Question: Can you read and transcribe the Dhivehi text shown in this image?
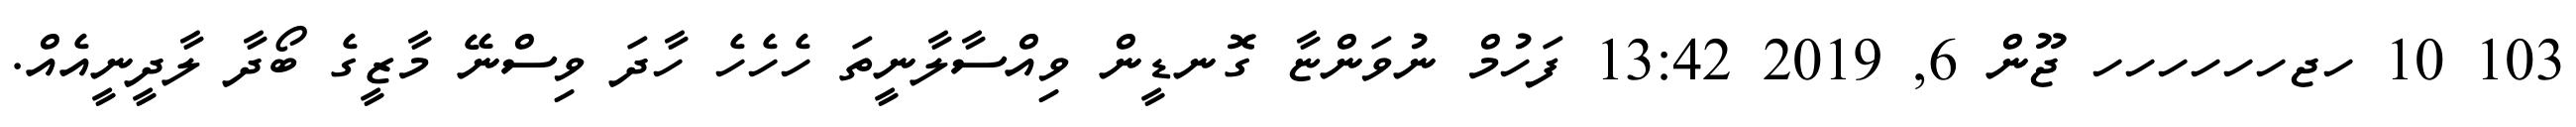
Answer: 103 10 ހޖހހހހހހ ޖޫން 6, 2019 13:42 ފަހުމް ނުވަންޏާ ގޮނޑީން ވިއްސާލާނީތަ ހެހެހެ ހާދަ ވިސްނޭ މާޒީގެ ބޯދާ ލާދީނީއެއް.